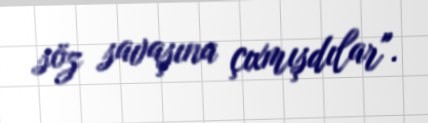
söz savaşına çıxmışdılar".